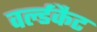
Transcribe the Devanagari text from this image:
वर्ल्डकैट